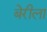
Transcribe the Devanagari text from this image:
बेरीला